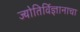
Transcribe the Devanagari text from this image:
ज्योतिर्विज्ञानाचा